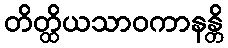
တိတ္ထိယသာဝကာနန္တိ